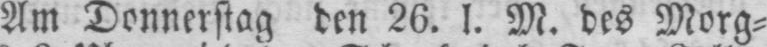
Am Donnerstag den 26. l. M. des Morg⸗